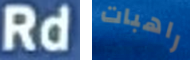
Rd راهبات